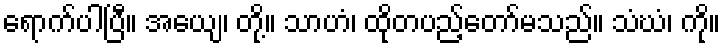
ရောက်ပါပြီ။ အယျေ၊ တို့။ သာဟံ၊ ထိုတပည့်တော်မသည်။ သံဃံ၊ ကို။